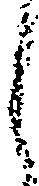
し